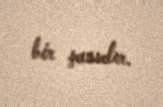
bir şansdır.